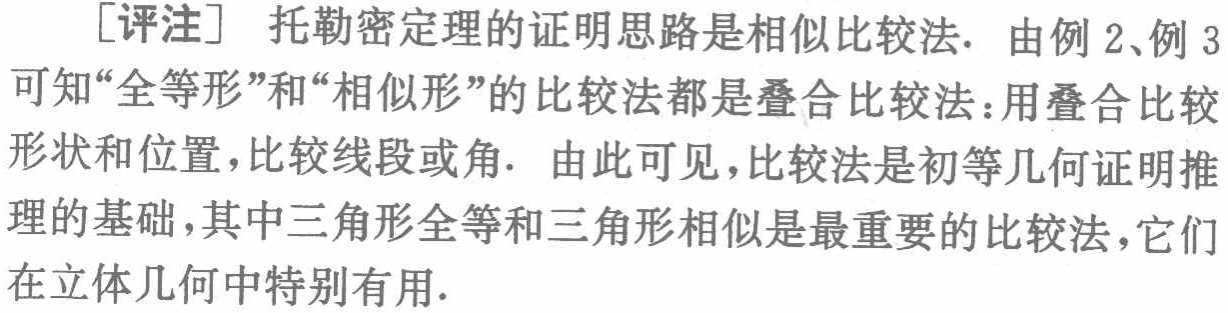
[评注] 托勒密定理的证明思路是相似比较法. 由例 2、例 3可知“全等形”和“相似形”的比较法都是叠合比较法：用叠合比较形状和位置，比较线段或角. 由此可见，比较法是初等几何证明推理的基础，其中三角形全等和三角形相似是最重要的比较法，它们在立体几何中特别有用.